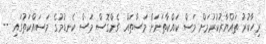
ރިހާކުރު ތައްޔާރުކުރުމަށް މަސް ކައްކާތަނަށް މަސްތައް ގެންގޮސް މަސް ކެނޑުމުގެ މަސައްކަތުގައި --